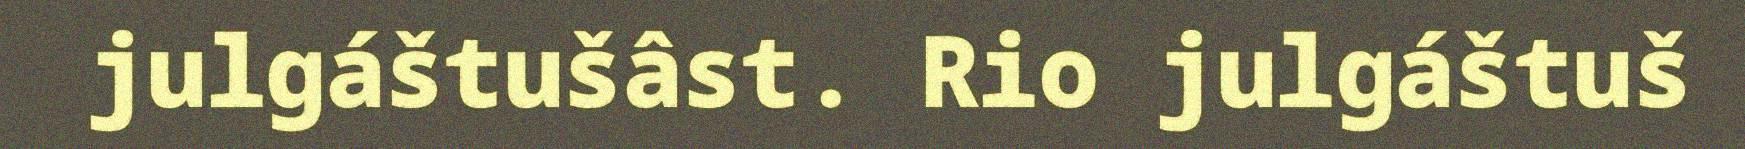
julgáštušâst. Rio julgáštuš